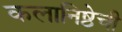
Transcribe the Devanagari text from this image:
कलानिष्ठेची